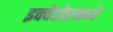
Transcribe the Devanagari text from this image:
इक्वेडोरमध्ये